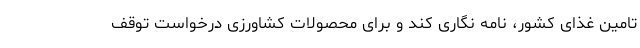
تامین غذای کشور، نامه نگاری کند و برای محصولات کشاورزی درخواست توقف